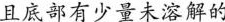
且底部有少量未溶解的